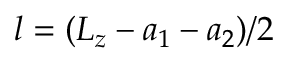
l = ( L _ { z } - a _ { 1 } - a _ { 2 } ) / 2